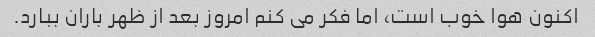
اکنون هوا خوب است، اما فکر می کنم امروز بعد از ظهر باران ببارد.